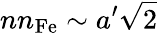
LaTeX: nn_{\mathrm{Fe}}\sim{a^{\prime}\sqrt{2}}